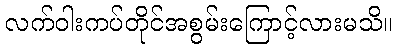
လက်ဝါးကပ်တိုင်အစွမ်းကြောင့်လားမသိ။